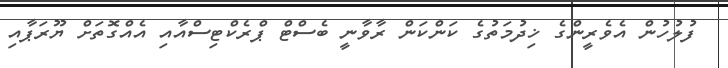
ފުލުހުން އެވެރީންގެ ޚިދުމަތުގެ ކަންކަން ރާވާނީ ބެސްޓް ޕްރެކްޓިސްއާއި އެއްގޮތަށް ޔޫރަޕާއި